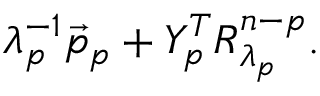
\lambda _ { p } ^ { - 1 } \vec { p } _ { p } + Y _ { p } ^ { T } R _ { \lambda _ { p } } ^ { n - p } .